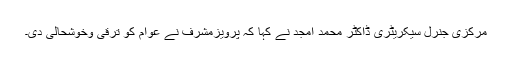
مرکزی جنرل سیکریٹری ڈاکٹر محمد امجد نے کہا کہ پرویزمشرف نے عوام کو ترقی وخوشحالی دی۔